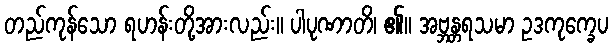
တည်ကုန်သော ရဟန်းတို့အားလည်း။ ပါပုဏာတိ၊ ၏။ အဗ္ဘန္တရသမာ ဥဒကုက္ခေပ